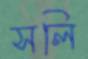
সলি